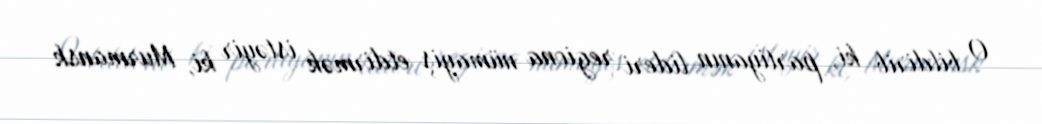
O bildirib ki, partiyanın lideri regiona nümayiş etdirmək istəyir ki, Murmansk